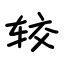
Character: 较